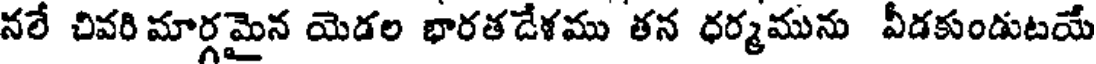
నలే చివరి మార్గమైన యెడల భారతడేళము తన ధర్మమును వీడకుండుటయే